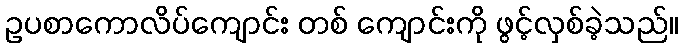
ဥပစာကောလိပ်ကျောင်း တစ် ကျောင်းကို ဖွင့်လှစ်ခဲ့သည်။